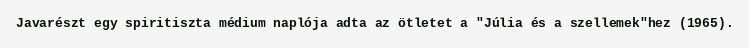
Javarészt egy spiritiszta médium naplója adta az ötletet a "Júlia és a szellemek"hez (1965).